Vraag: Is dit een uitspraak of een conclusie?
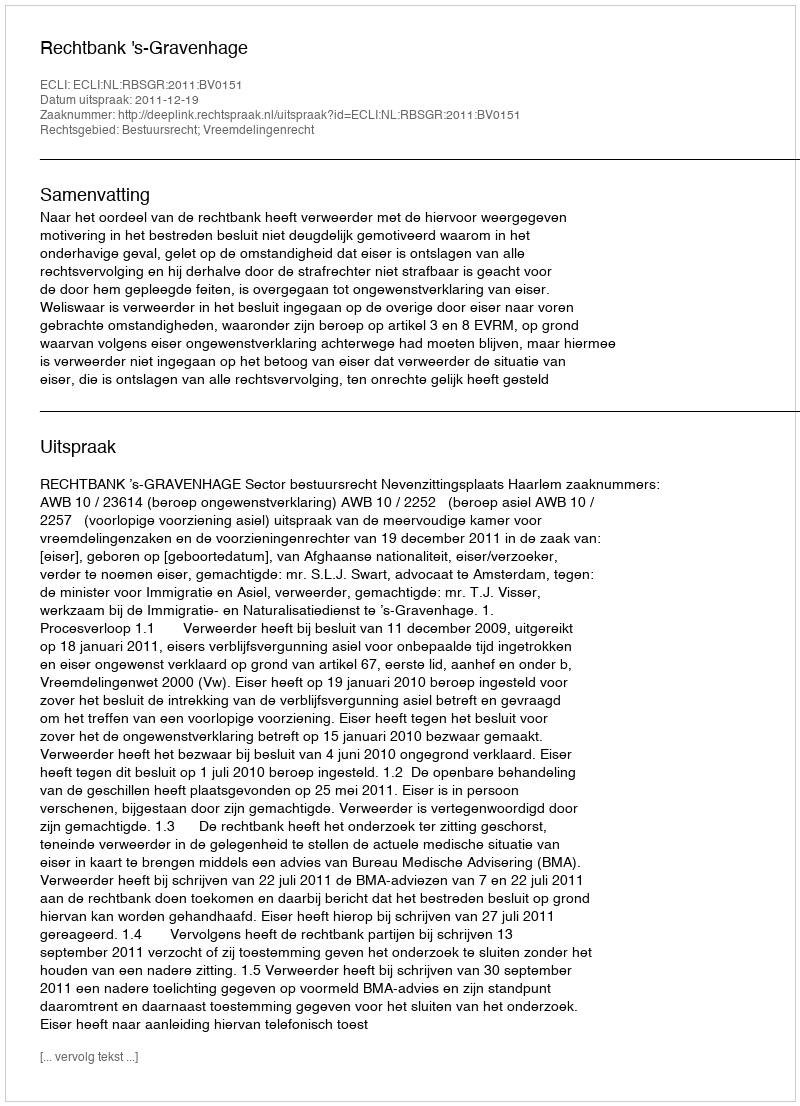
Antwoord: Uitspraak